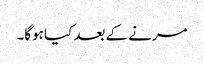
مرنے کے بعد کیا ہوگا۔